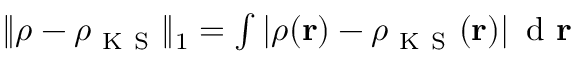
\begin{array} { r } { \| \rho - \rho _ { \mathrm { ~ K ~ S ~ } } \| _ { 1 } = \int | \rho ( \mathbf { r } ) - \rho _ { \mathrm { ~ K ~ S ~ } } ( \mathbf { r } ) | \, \mathrm { ~ d ~ } \mathbf { r } } \end{array}